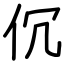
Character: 伔